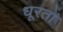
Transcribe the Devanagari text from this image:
धूरता